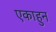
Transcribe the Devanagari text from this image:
एकाहुन